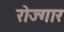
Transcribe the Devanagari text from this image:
रोज्गार